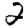
Digit: 2